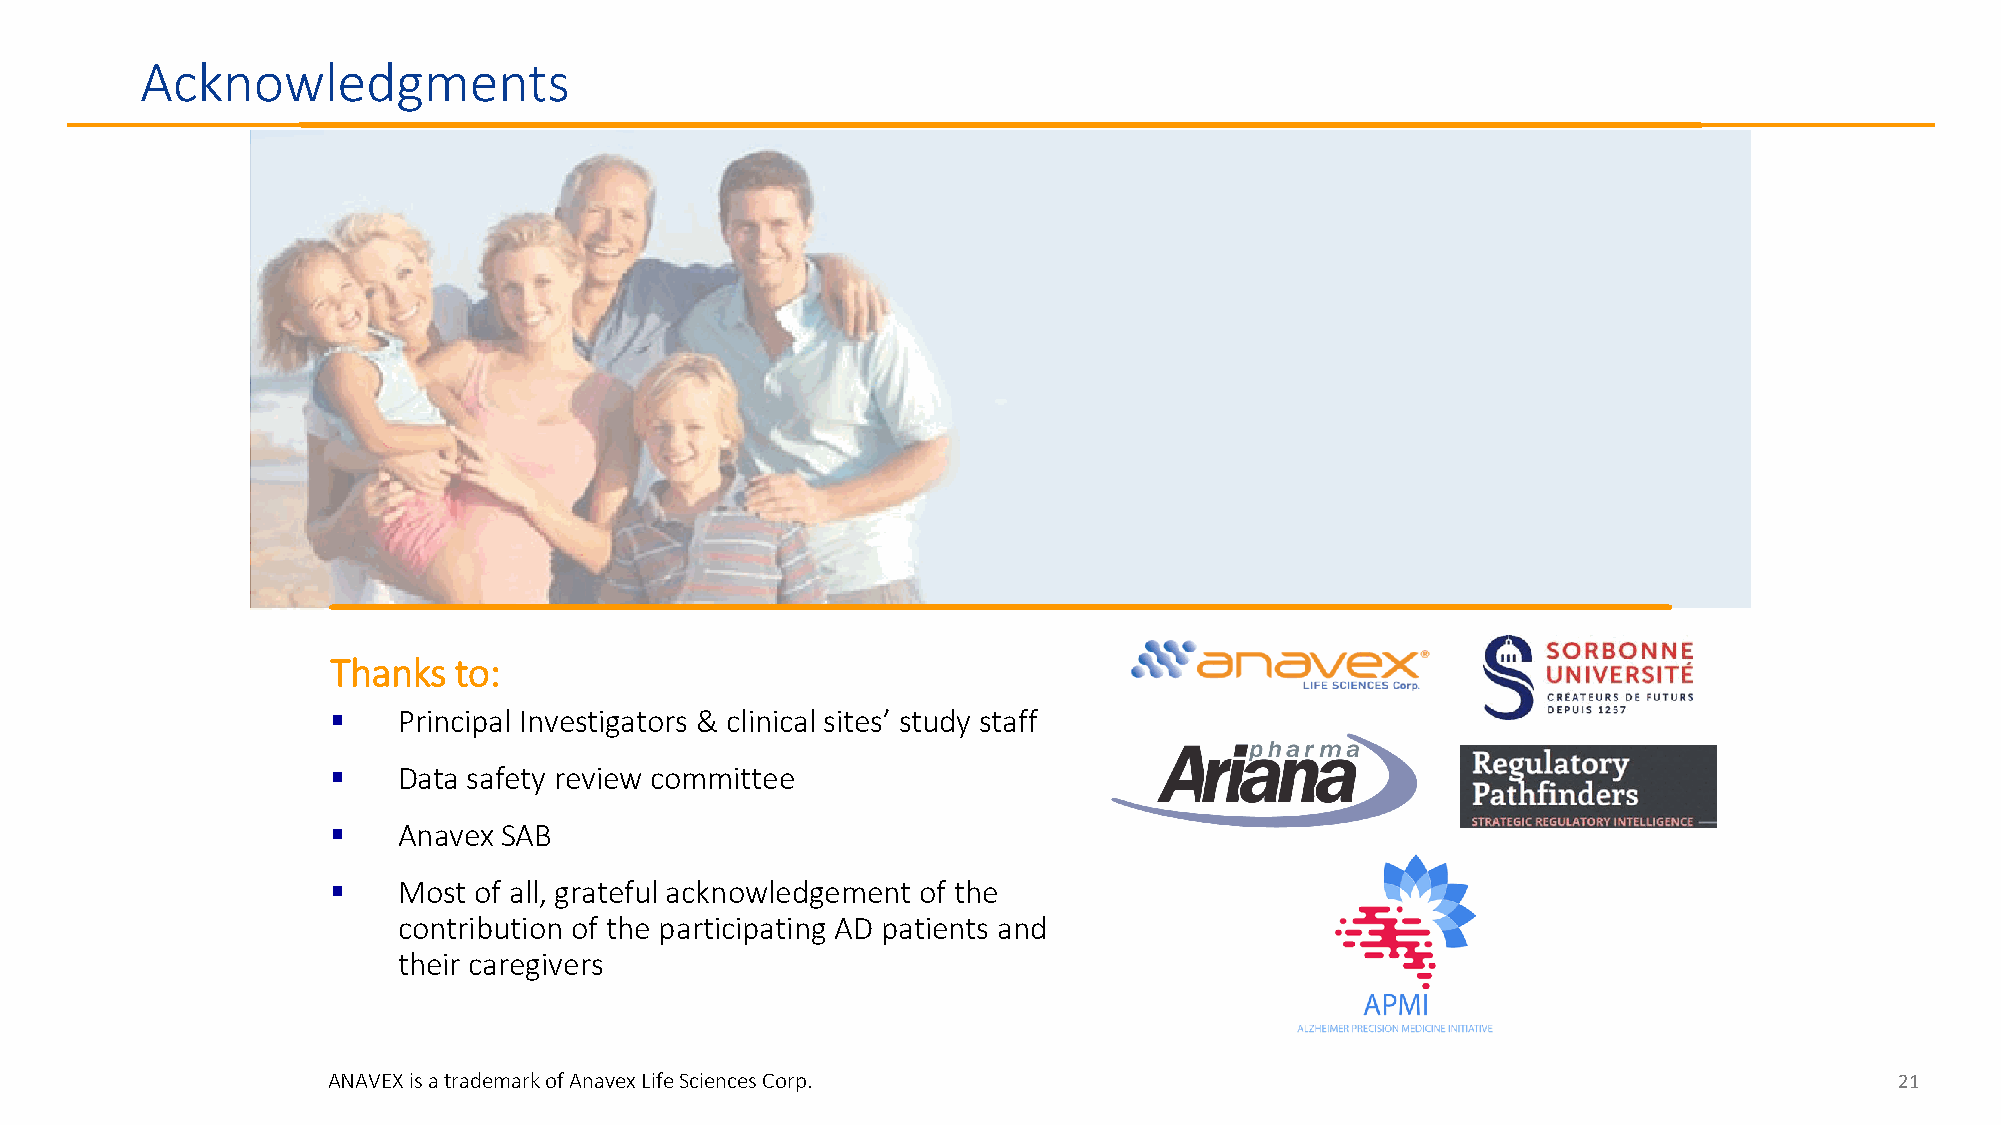
Acknowledgments
 Thanks  to:
    Principal Investigators & clinical sites’ study staff
    Data safety review committee
    Anavex SAB
    Most of all, grateful acknowledgement of the
 contribution of the participating AD patients and
 their caregivers
 ANAVEX is a trademark of Anavex Life Sciences Corp.                                                     21